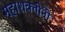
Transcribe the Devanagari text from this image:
महाशक्तींनी